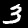
Digit: 3